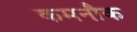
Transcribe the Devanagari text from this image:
कमनौक